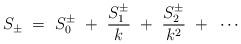
LaTeX: \begin{align*}S_{\pm} ~=~ S_{0}^{\pm} ~+~ \frac{S_{1}^{\pm}}{k} ~+~ \frac{S_{2}^{\pm}}{k^2} ~+~ \cdots\end{align*}